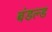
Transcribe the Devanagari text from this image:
बंडल्ड